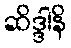
ဆိဒ္ဒါနိ